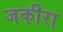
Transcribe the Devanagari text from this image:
जकीरा